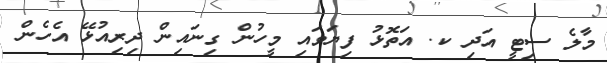
މާލެ ސިޓީ އަދި ކ. އަތޮޅު ފިޔަވައި މީހުން ގިނައިން ދިރިއުޅޭ އެހެން